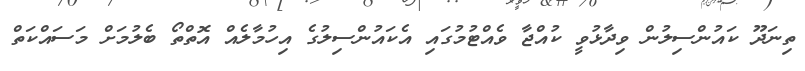
ތިނަދޫ ކައުންސިލުން ވިދާޅުވީ ކުއްޖާ ވެއްޓުމުގައި އެކައުންސިލުގެ އިހުމާލެއްް އޮތްތޯ ބެލުމަށް މަސައްކަތް